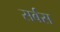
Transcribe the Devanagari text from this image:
सर्बस